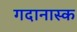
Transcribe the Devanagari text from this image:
गदानास्क